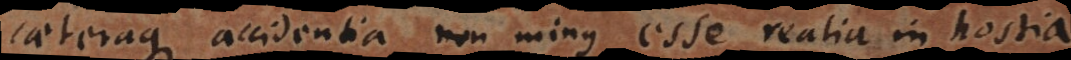
caeteraque accidentia non minus esse realia in hostia,